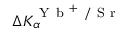
\Delta K _ { \alpha } ^ { \mathrm { ~ Y ~ b ~ } ^ { + } \mathrm { ~ / ~ S ~ r ~ } }